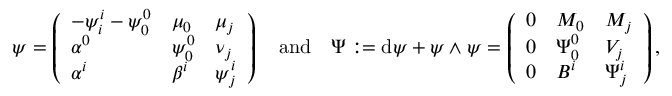
\psi = \left( \begin{array} { l l l } { - \psi _ { i } ^ { i } - \psi _ { 0 } ^ { 0 } } & { \mu _ { 0 } } & { \mu _ { j } } \\ { \alpha ^ { 0 } } & { \psi _ { 0 } ^ { 0 } } & { \nu _ { j } } \\ { \alpha ^ { i } } & { \beta ^ { i } } & { \psi _ { j } ^ { i } } \end{array} \right) \quad \mathrm { a n d } \quad \Psi : = \mathrm { d } \psi + \psi { \, { \wedge } \; } \psi = \left( \begin{array} { l l l } { 0 } & { M _ { 0 } } & { M _ { j } } \\ { 0 } & { \Psi _ { 0 } ^ { 0 } } & { V _ { j } } \\ { 0 } & { B ^ { i } } & { \Psi _ { j } ^ { i } } \end{array} \right) ,